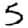
Digit: 5